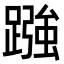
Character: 𮜓